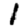
Digit: 1